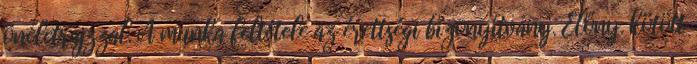
önéletrajzzal. A munka feltétele az érettségi bizonyítvány. Előny. kötött